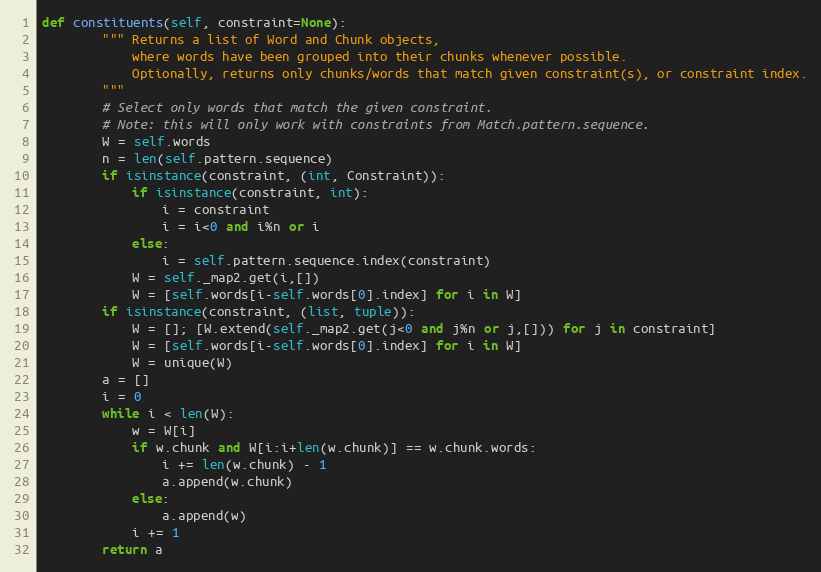
Language: Python
def constituents(self, constraint=None):
        """ Returns a list of Word and Chunk objects,
            where words have been grouped into their chunks whenever possible.
            Optionally, returns only chunks/words that match given constraint(s), or constraint index.
        """
        # Select only words that match the given constraint.
        # Note: this will only work with constraints from Match.pattern.sequence.
        W = self.words
        n = len(self.pattern.sequence)
        if isinstance(constraint, (int, Constraint)):
            if isinstance(constraint, int):
                i = constraint
                i = i<0 and i%n or i
            else:
                i = self.pattern.sequence.index(constraint)
            W = self._map2.get(i,[])
            W = [self.words[i-self.words[0].index] for i in W]
        if isinstance(constraint, (list, tuple)):
            W = []; [W.extend(self._map2.get(j<0 and j%n or j,[])) for j in constraint]
            W = [self.words[i-self.words[0].index] for i in W]
            W = unique(W)
        a = []
        i = 0
        while i < len(W):
            w = W[i]
            if w.chunk and W[i:i+len(w.chunk)] == w.chunk.words:
                i += len(w.chunk) - 1
                a.append(w.chunk)
            else:
                a.append(w)
            i += 1
        return a